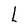
Character: L